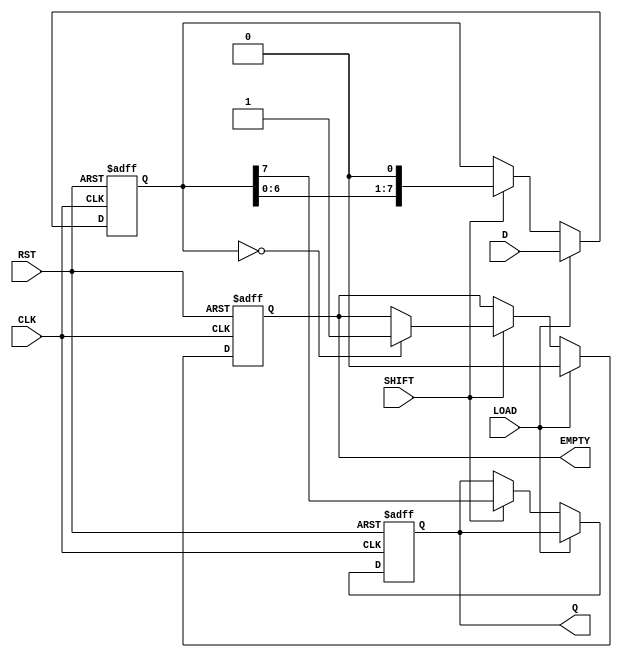
module Loadable_PISO #(
    parameter N = 8  // Define the width of the register (number of bits)
)(
    input wire [N-1:0] D,      // Parallel Data Input
    input wire LOAD,            // Load Signal
    input wire SHIFT,           // Shift Signal
    input wire CLK,             // Clock Signal
    input wire RST,             // Reset Signal
    output reg Q,               // Serial Output
    output reg EMPTY            // Empty Flag
);

    reg [N-1:0] shift_reg;      // Internal shift register

    always @(posedge CLK or posedge RST) begin
        if (RST) begin
            shift_reg <= {N{1'b0}}; // Clear the register on reset
            Q <= 1'b0;              // Clear serial output
            EMPTY <= 1'b1;          // Set EMPTY flag
        end else begin
            if (LOAD) begin
                shift_reg <= D;      // Load data into the register
                EMPTY <= 1'b0;       // Clear EMPTY flag when data is loaded
            end else if (SHIFT) begin
                Q <= shift_reg[N-1]; // Output the MSB to Q
                shift_reg <= {shift_reg[N-2:0], 1'b0}; // Shift left
                if (shift_reg == {N{1'b0}}) begin
                    EMPTY <= 1'b1;   // Set EMPTY flag if register is empty
                end
            end
        end
    end

endmodule